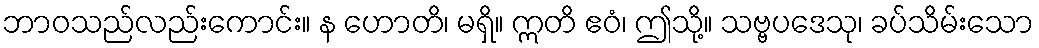
ဘာဝသည်လည်းကောင်း။ န ဟောတိ၊ မရှိ။ ဣတိ ဧဝံ၊ ဤသို့။ သဗ္ဗပဒေသု၊ ခပ်သိမ်းသော